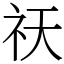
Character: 祆